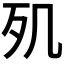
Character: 𣦽